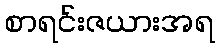
စာရင်းဇယားအရ